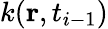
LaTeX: k(\mathbf{r},t_{i-1})